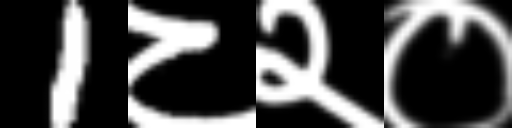
Text: 1८२०